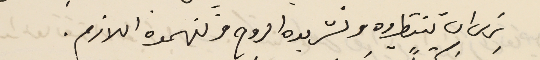
نرى ان تنتظروه وتشربوه الروح وتفهموه اللازم.